Vaccine operations Central Provinces 1886-1899 - 1886-1899
Year: 1886
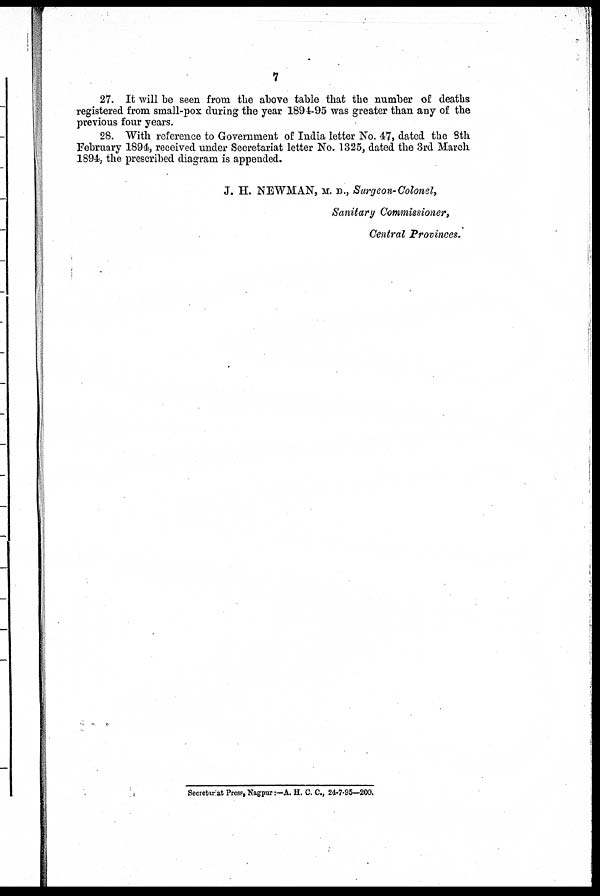
7
27. It will be seen from the above table that the number of deaths
registered from small-pox during the year 1894-95 was greater than any of the
previous four years.
28. With reference to Government of India letter No. 47, dated the 8th
February 1894, received under Secretariat letter No. 1325, dated the 3rd March
1894, the prescribed diagram is appended.
J. H. NEWMAN, M. D., Surgeon-Colonel,
Sanitary Commissioner,
Central Provinces.
Secretariat Press, Nagpur:—A. H. C. C., 24-7-95—2000